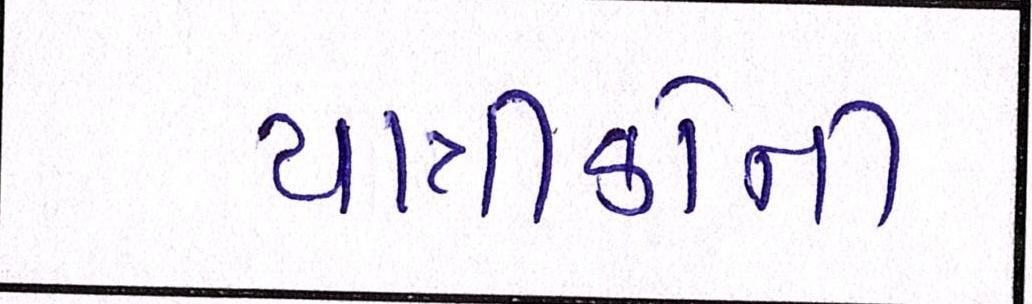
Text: યાત્રીકોની